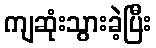
ကျဆုံးသွားခဲ့ပြီး